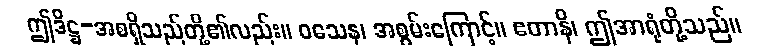
ဤဒိဋ္ဌ-အစရှိသည်တို့၏လည်း။ ဝသေန၊ အစွမ်းကြောင့်။ ဧတာနိ၊ ဤအာရုံတို့သည်။